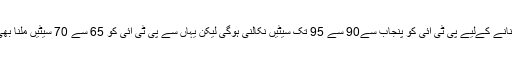
مرکز میں حکومت بنانے کےلیے پی ٹی آئی کو پنجاب سے90 سے 95 تک سیٹیں نکالنی ہوگی لیکن یہاں سے پی ٹی آئی کو 65 سے 70 سیٹیں ملنا بھی مشکل لگ رہا ہے۔